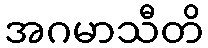
အဂမာသီတိ